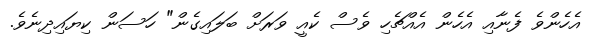
އެހެންވެ ފެނާއި އެހެން އެއްޗެހި ވެސް ކެއީ ވަރަށް ބަލައިގެން" ހަސަން ކިޔައިދިނެވެ.